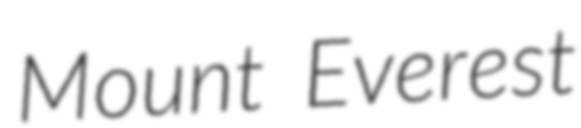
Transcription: Mount Everest